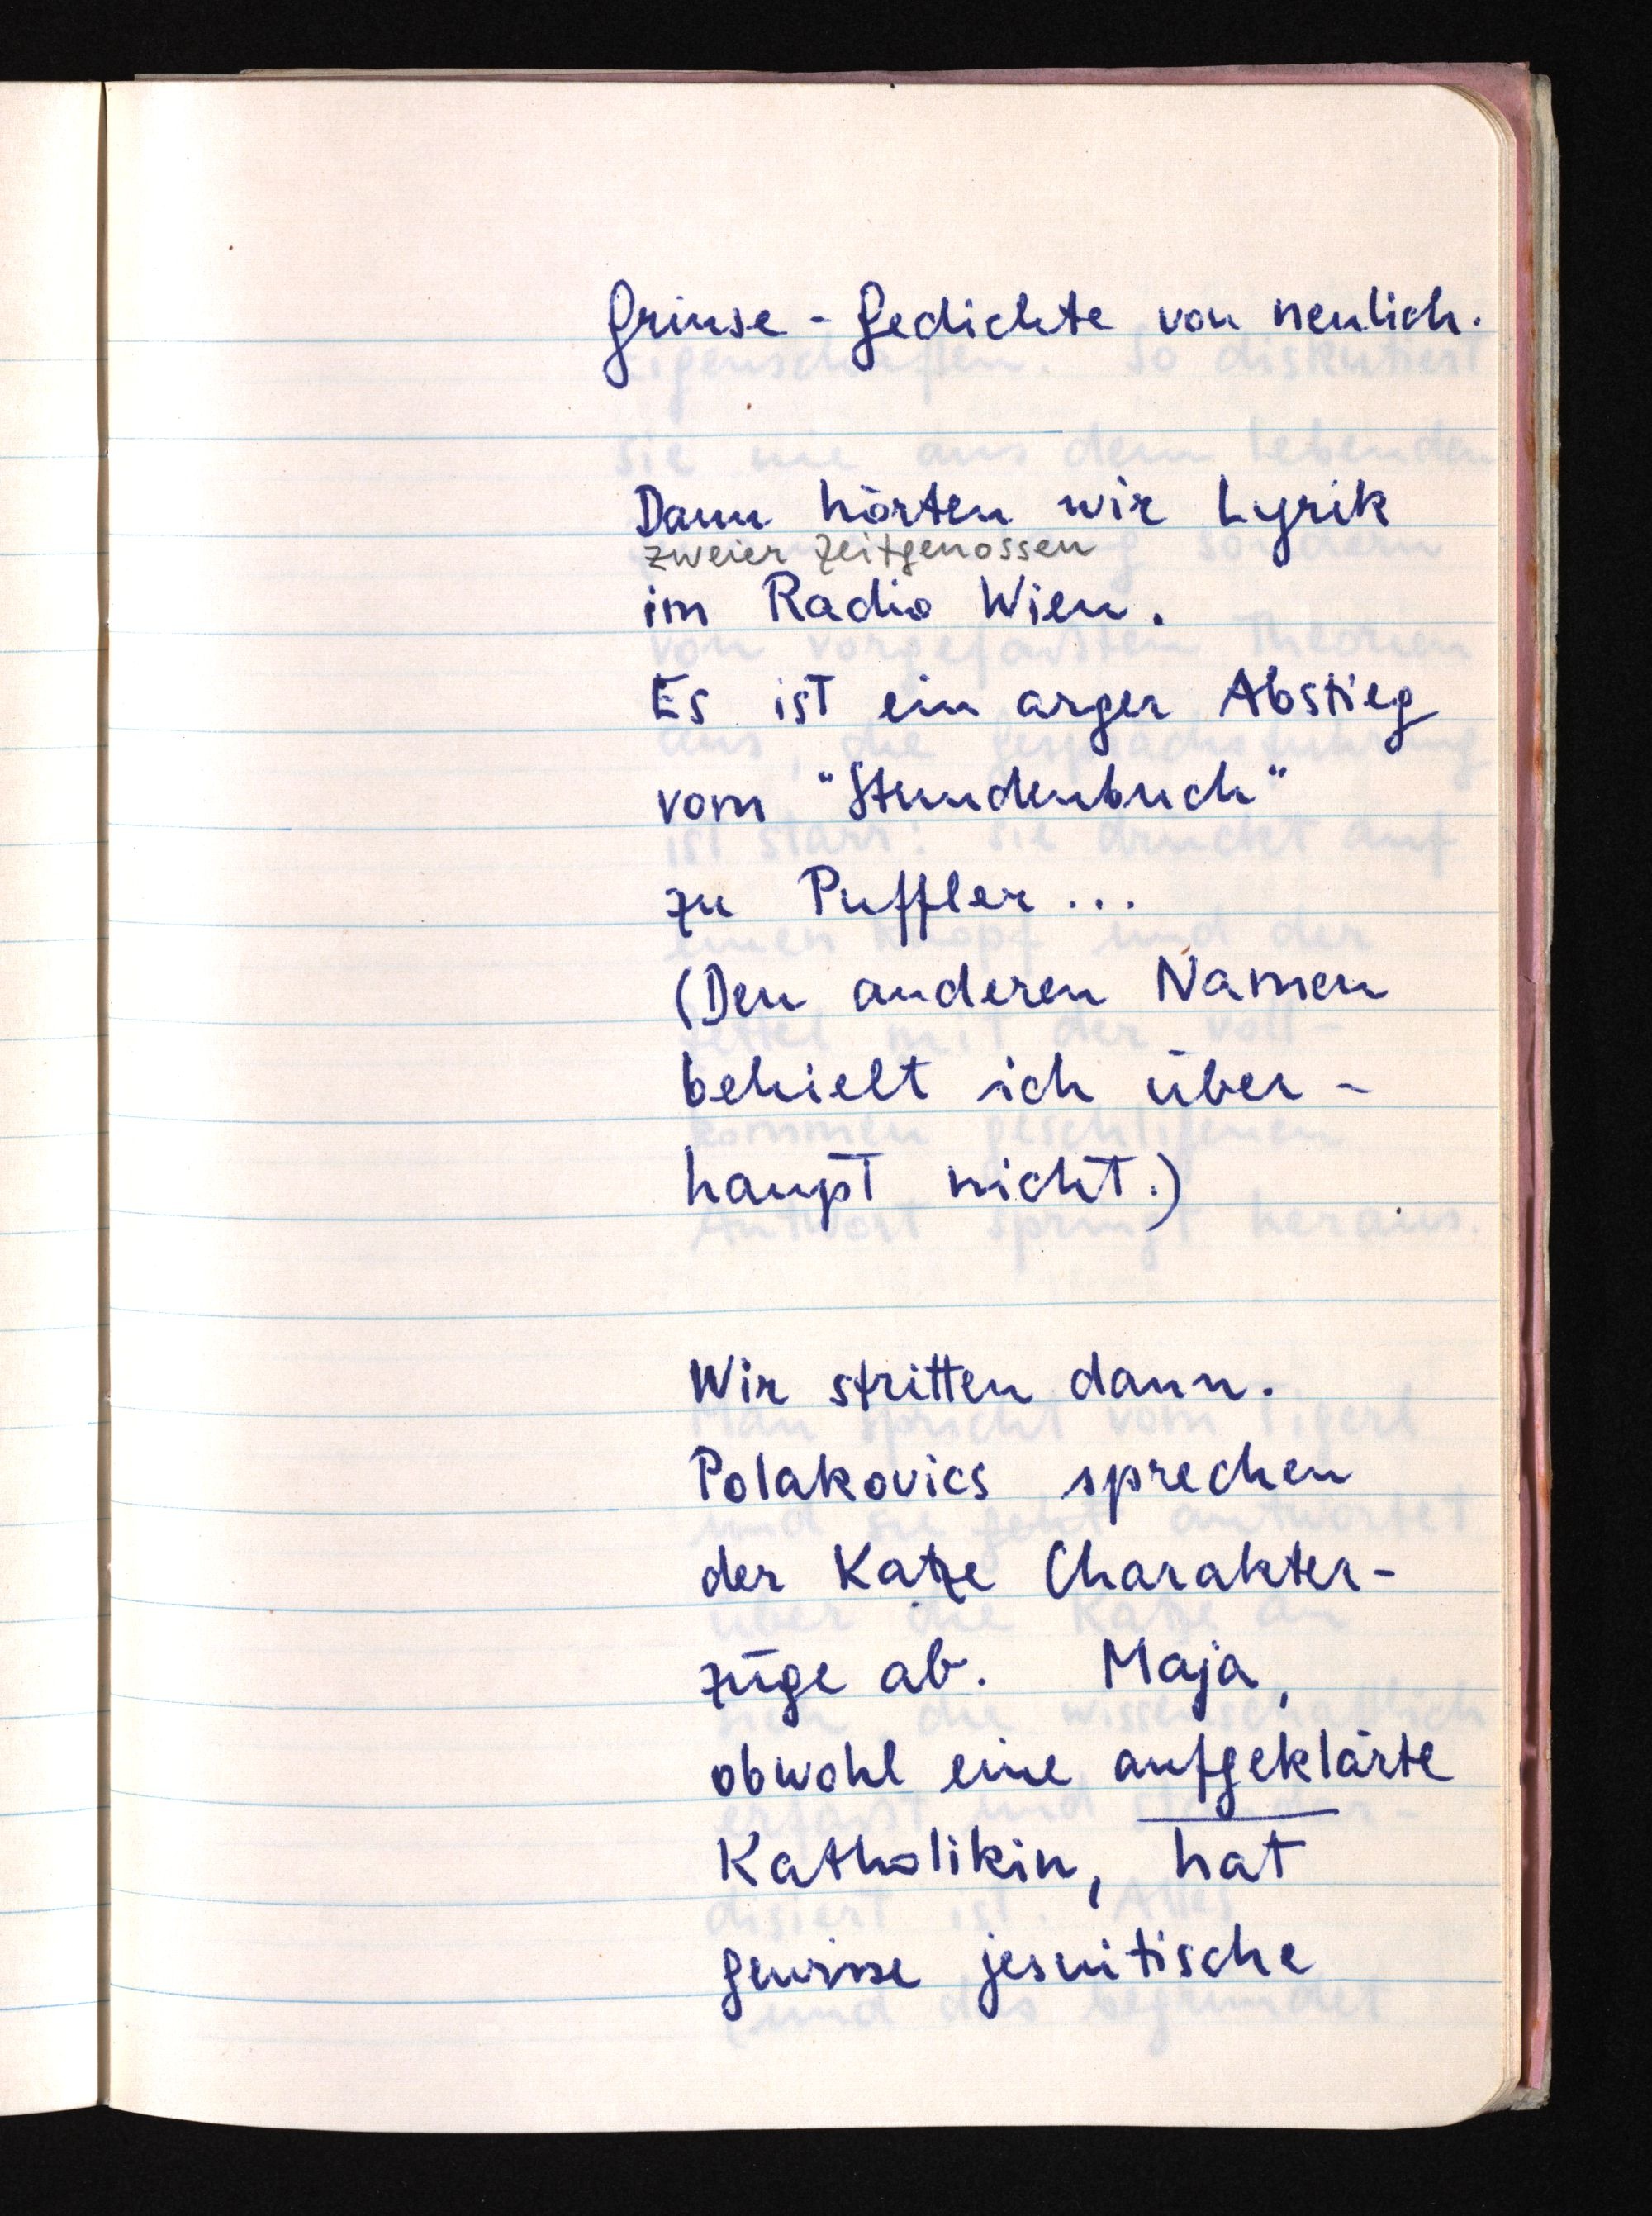
Grinse-Gedichte von neulich.
Dann hörten wir Lyrik
zweier Zeitgenossen
im Radio Wien.
Es ist ein arger Abstieg
vom "Stundenbuch"
zu Puffler ...
(Den anderen Namen
behielt ich über¬
haupt nicht.)
Wir stritten dann.
Polakovics sprechen
der Katze Charakter¬
züge ab. Maja,
obwohl eine aufgeklärte
Katholikin, hat
gewisse jesuitische